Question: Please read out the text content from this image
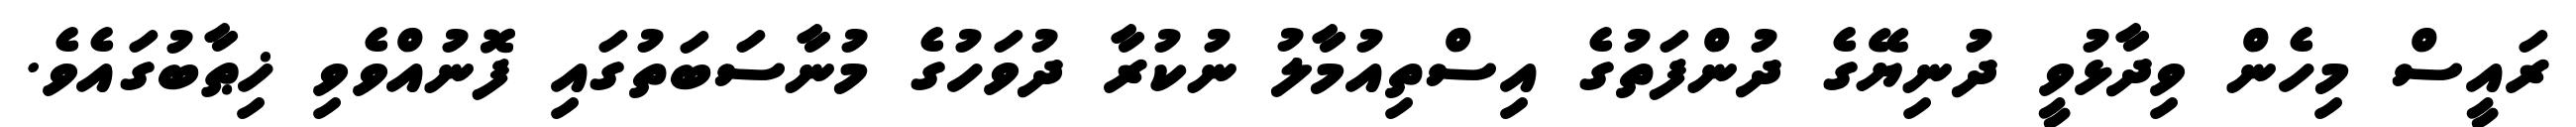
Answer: ރައީސް މިހެން ވިދާޅުވީ ދުނިޔޭގެ ދުންފަތުގެ އިސްތިއުމާލު ނުކުރާ ދުވަހުގެ މުނާސަބަތުގައި ފޮނުއްވެވި ޚިޠާބުގައެވެ.